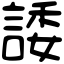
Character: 諉